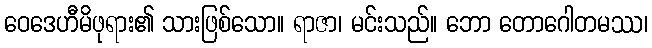
ဝေဒေဟီမိဖုရား၏ သားဖြစ်သော။ ရာဇာ၊ မင်းသည်။ ဘော တောဂေါတမဿ၊